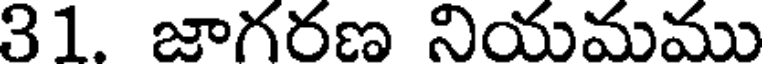
31. జాగరణ నియమము